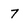
Character: 7